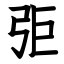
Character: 弡